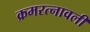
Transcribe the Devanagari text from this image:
क्रमरत्नावली